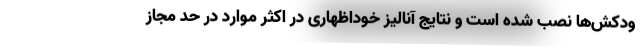
ودکش‌ها نصب شده است و نتایج آنالیز خوداظهاری در اکثر موارد در حد مجاز